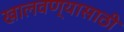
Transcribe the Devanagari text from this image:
खालवण्यासाठी